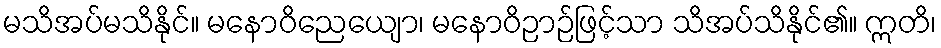
မသိအပ်မသိနိုင်။ မနောဝိညေယျော၊ မနောဝိဉာဉ်ဖြင့်သာ သိအပ်သိနိုင်၏။ ဣတိ၊